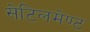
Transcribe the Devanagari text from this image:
सेटिलमेण्ट